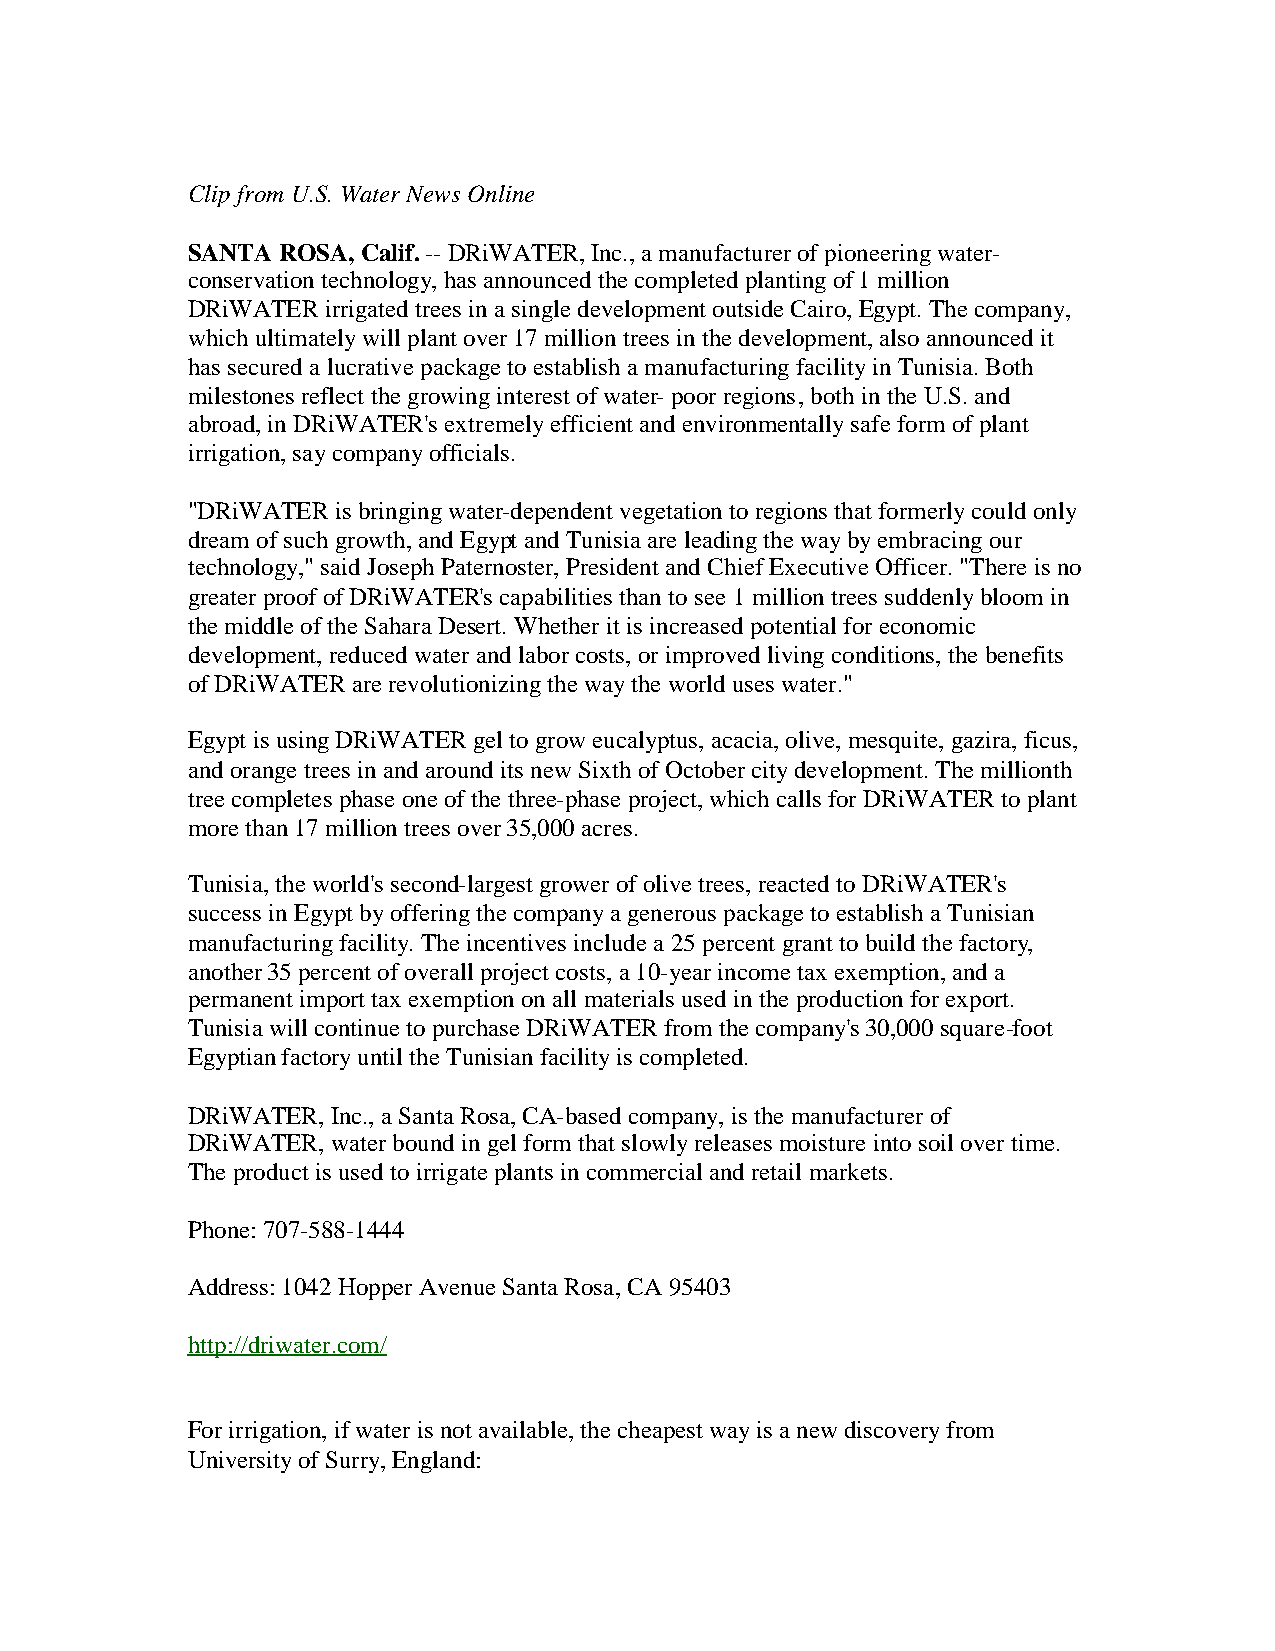
ClipfromU.S.Water News Online
 SANTAROSA,Calif.-- DRiWATER,Inc.,amanufacturerofpioneeringwater-
 conservationtechnology,has announcedthecompletedplantingof1million
 DRiWATER irrigatedtrees inasingledevelopment outsideCairo,Egypt.Thecompany,
 whichultimatelywill plant over17milliontrees inthedevelopment,also announcedit
 has securedalucrativepackagetoestablish amanufacturingfacilityinTunisia.Both
 milestones reflect thegrowinginterest ofwater- poorregions,bothintheU.S.and
 abroad,inDRiWATER's extremelyefficient andenvironmentallysafeform ofplant
 irrigation,saycompanyofficials.
 "DRiWATER is bringingwater-dependent vegetationtoregions that formerlycouldonly
 dream ofsuchgrowth,andEgypt andTunisiaareleadingthewaybyembracingour
 technology,"saidJosephPaternoster,President andChiefExecutiveOfficer."Thereis no
 greaterproofofDRiWATER's capabilities thantosee 1milliontrees suddenlybloom in
 themiddleoftheSaharaDesert.Whetherit is increasedpotential foreconomic
 development,reducedwaterandlaborcosts, orimprovedlivingconditions, thebenefits
 ofDRiWATER arerevolutionizingthewaytheworlduses water."
 Egypt is usingDRiWATER gel togroweucalyptus, acacia,olive,mesquite,gazira,ficus,
 andorangetrees inandaroundits newSixthofOctobercitydevelopment.Themillionth
 treecompletes phaseoneofthethree-phaseproject,whichcalls forDRiWATER toplant
 morethan17milliontrees over35,000acres.
 Tunisia,theworld's second-largest growerofolivetrees, reactedtoDRiWATER's
 success inEgypt byofferingthecompanyagenerous packagetoestablish aTunisian
 manufacturingfacility.Theincentives includea 25percent grant tobuildthefactory,
 another35percent ofoverall project costs,a10-yearincometax exemption,anda
 permanent import tax exemptiononall materials usedintheproductionforexport.
 Tunisiawill continuetopurchaseDRiWATER from thecompany's30,000square-foot
 Egyptianfactoryuntil theTunisianfacilityis completed.
 DRiWATER,Inc.,aSantaRosa,CA-basedcompany,is themanufacturerof
 DRiWATER,waterboundingel form that slowlyreleases moistureintosoil overtime.
 Theproduct is usedtoirrigateplants incommercial andretail markets.
 Phone:707-588-1444
 Address:1042HopperAvenueSantaRosa,CA 95403
 http://driwater.com/
 Forirrigation,ifwateris not available,thecheapest wayis anewdiscoveryfrom
 UniversityofSurry,England: